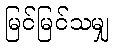
မြင်မြင်သမျှ